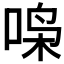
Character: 𫪧